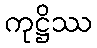
ကုဋ္ဌိဿ